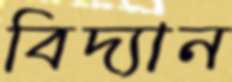
বিদ্যান